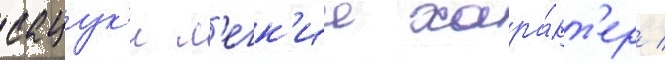
сацук'и л'егк'ии хара́кт'ер /